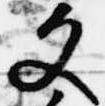
文